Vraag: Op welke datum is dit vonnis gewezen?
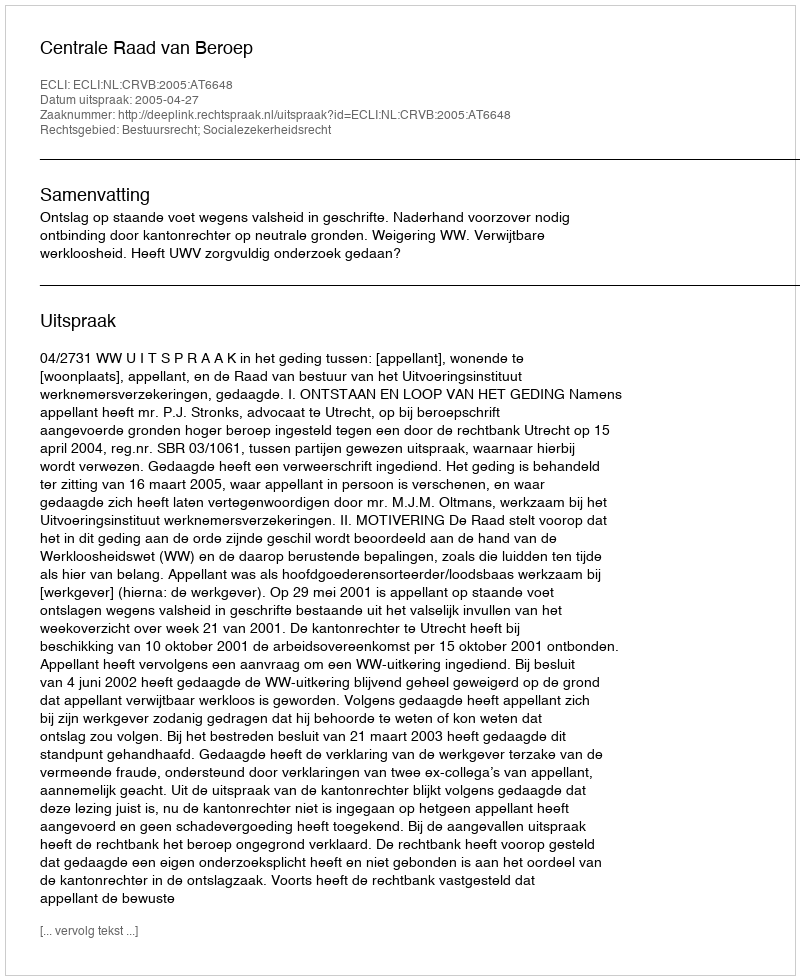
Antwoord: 2005-04-27